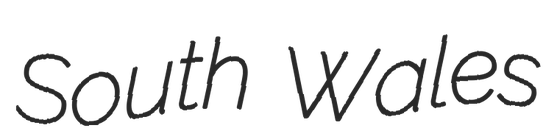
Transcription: South Wales